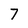
Character: 7